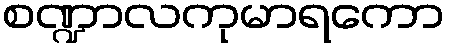
စဏ္ဍာလကုမာရကော